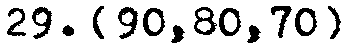
29. [90,80,70]